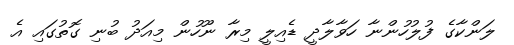
ލަންކާގެ ފުލުހުންނާ ހަވާލާދީ ޑެއިލީ މިރާ ނޫހުން މިއަދު ބުނި ގޮތުގައި އެ